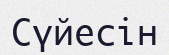
Сүйесін